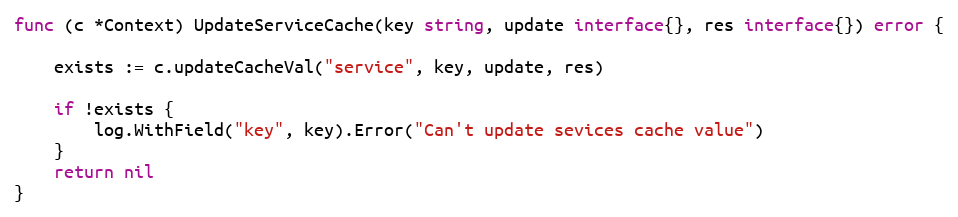
Language: Go
func (c *Context) UpdateServiceCache(key string, update interface{}, res interface{}) error {

	exists := c.updateCacheVal("service", key, update, res)

	if !exists {
		log.WithField("key", key).Error("Can't update sevices cache value")
	}
	return nil
}